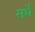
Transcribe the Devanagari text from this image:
सर्भे